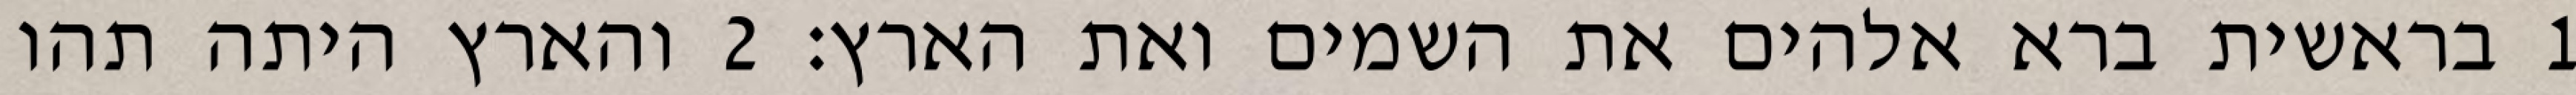
1 בראשית ברא אלהים את השמים ואת הארץ׃ ‎2‏ והארץ היתה תהו